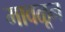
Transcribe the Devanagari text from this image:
मावळून